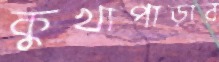
কুখাপাড়ার